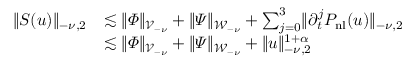
\begin{array} { r l } { \lVert S ( u ) \rVert _ { - \nu , 2 } } & { \lesssim \lVert \varPhi \rVert _ { \mathcal { V } _ { - \nu } } + \lVert \varPsi \rVert _ { \mathcal { W } _ { - \nu } } + \sum _ { j = 0 } ^ { 3 } \lVert \partial _ { t } ^ { j } P _ { \mathrm { n l } } ( u ) \rVert _ { - \nu , 2 } } \\ & { \lesssim \lVert \varPhi \rVert _ { \mathcal { V } _ { - \nu } } + \lVert \varPsi \rVert _ { \mathcal { W } _ { - \nu } } + \lVert u \rVert _ { - \nu , 2 } ^ { 1 + \alpha } } \end{array}